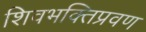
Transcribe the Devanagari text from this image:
शिवभक्तिप्रवण